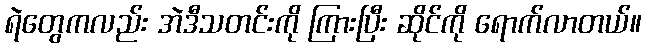
ရဲတွေကလည်း အဲဒီသတင်းကို ကြားပြီး ဆိုင်ကို ရောက်လာတယ်။